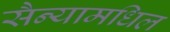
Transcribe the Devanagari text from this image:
सैन्यामधिल